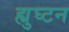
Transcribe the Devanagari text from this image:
ह्युघ्टन